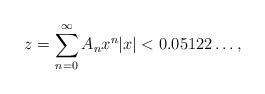
LaTeX: \begin{align*}\begin{alignedat}{5} z &= \sum_{n=0}^{\infty} A_n x^n& |x| &< 0.05122\dots,\end{alignedat}\end{align*}